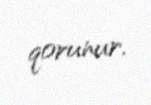
qorunur.